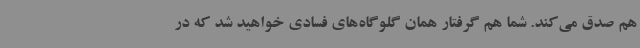
هم صدق می‌کند. شما هم گرفتار همان گلوگاه‌های فسادی خواهید شد که در